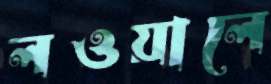
লওয়ালে